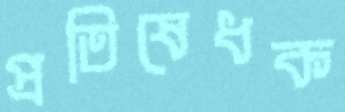
প্রতিষেধক